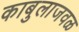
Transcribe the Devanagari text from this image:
काबुलाजवळ